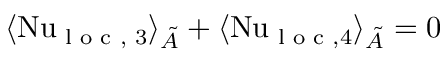
\langle \mathrm { N u } _ { \textrm { l o c , } 3 } \rangle _ { \tilde { A } } + \langle \mathrm { N u } _ { \textrm { l o c } , 4 } \rangle _ { \tilde { A } } = 0